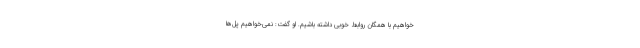
‌خواهیم با همگان روابط خوبی داشته باشیم. او گفت: نمی‌خواهیم پل‌ها